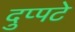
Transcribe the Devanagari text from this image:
दुप्पटे